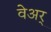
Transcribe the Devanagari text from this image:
वेअर्